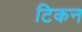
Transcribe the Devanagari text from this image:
टिकन